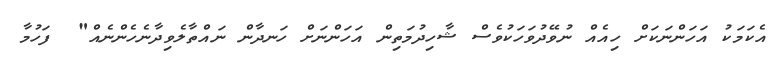
އެކަމަކު އަހަންނަކަށް ހިއެއް ނުވޭދުވަހަކުވެސް ޝާހިދުމަތިން އަހަންނަށް ހަނދާން ނައްތާލެވިދާނެހެންނެއް"  ފަހުމާ